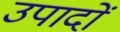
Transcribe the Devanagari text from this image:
उपादों